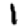
Digit: 1